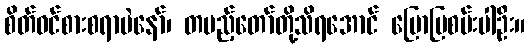
စိတ်ဝင်စားစရာပဲနော်၊ တပည့်တော်တို့သိရအောင် ပြောပြစမ်းပါဦး။